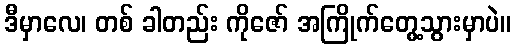
ဒီမှာလေ၊ တစ် ခါတည်း ကိုဇော် အကြိုက်တွေ့သွားမှာပဲ။